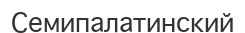
Семипалатинский